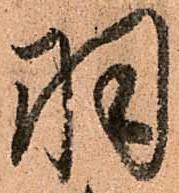
羽